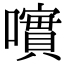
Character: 𡁃